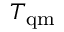
T _ { \mathrm { { q m } } }